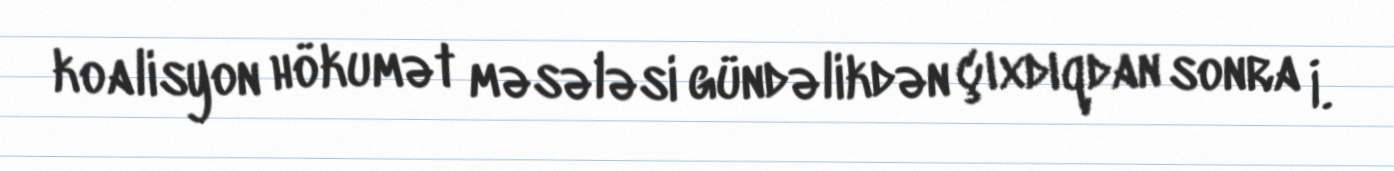
koalisyon hökumət məsələsi gündəlikdən çıxdıqdan sonra İ.